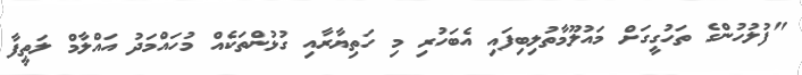
"ފުލުހުންގެ ތަހުގީގަށް މައުލޫމާތުލިބިފައި އެބަހުރި މި ހަތިޔާރާއި ގުޅުންތަކެއް މުހައްމަދު އައްލާމް ލަތީފާ